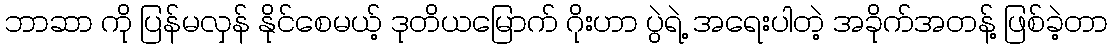
ဘာဆာ ကို ပြန်မလှန် နိုင်စေမယ့် ဒုတိယမြောက် ဂိုးဟာ ပွဲရဲ့ အရေးပါတဲ့ အခိုက်အတန့် ဖြစ်ခဲ့တာ